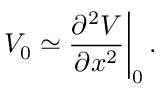
V _ { 0 } \simeq { \frac { \partial ^ { 2 } V } { \partial x ^ { 2 } } } \bigg | _ { 0 } \, .